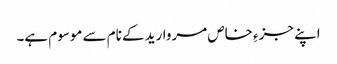
اپنے جزءِ خاص مروارید کے نام سے موسوم ہے۔